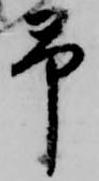
予